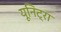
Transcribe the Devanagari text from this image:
यूनिट्रा